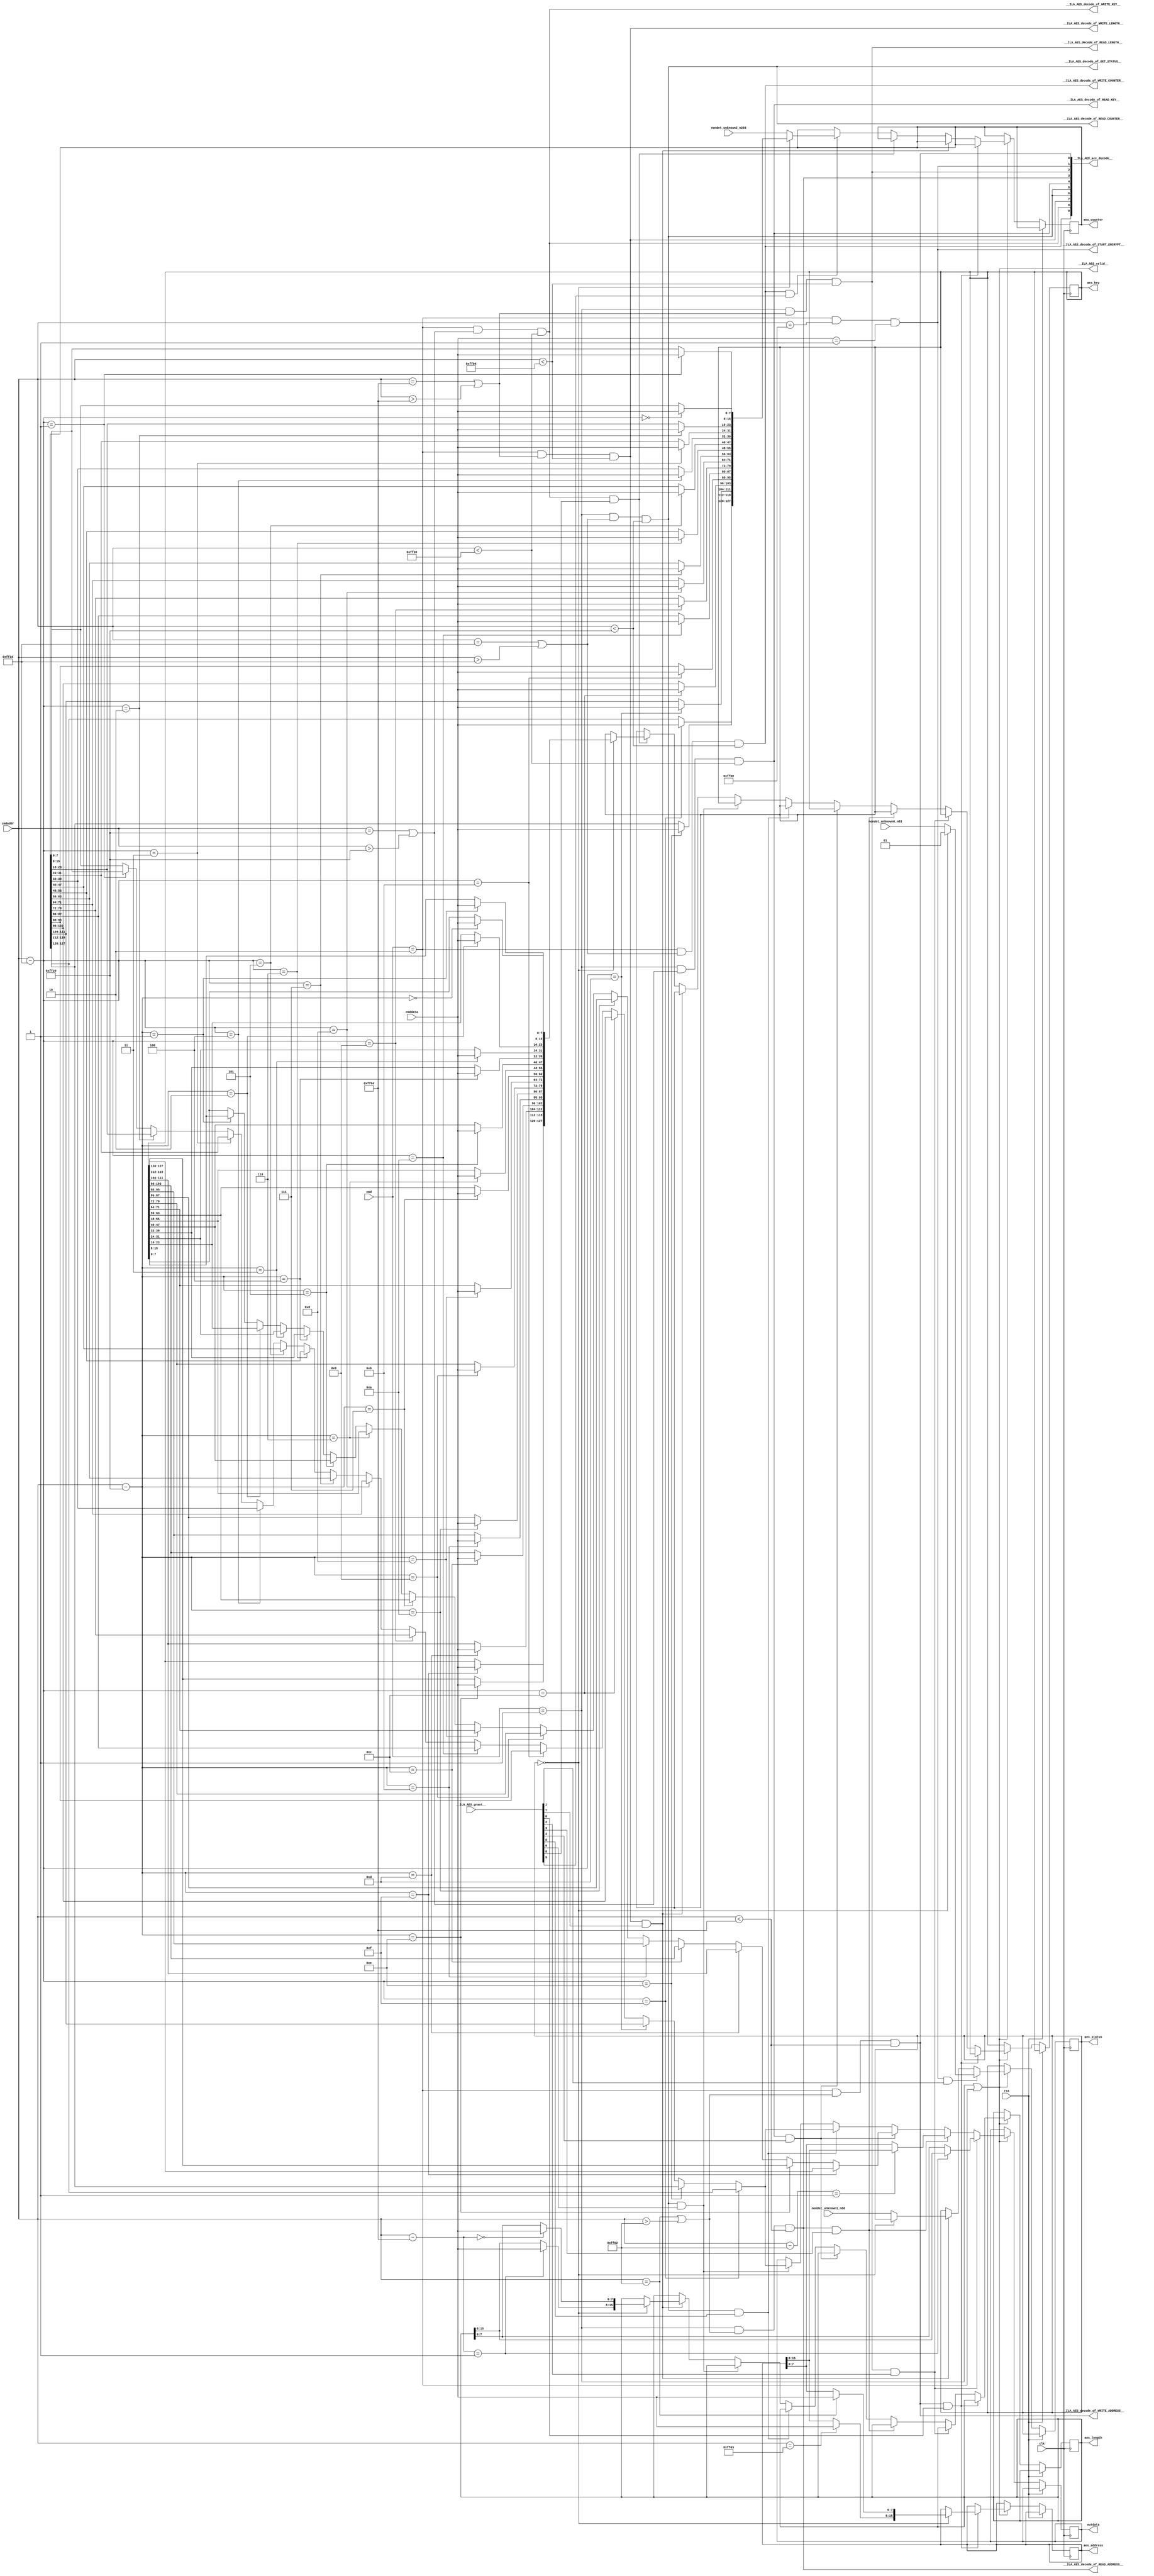
module AES(
__ILA_AES_grant__,
clk,
cmd,
cmdaddr,
cmddata,
nondet_unknown0_n83,
nondet_unknown1_n86,
nondet_unknown2_n203,
rst,
__ILA_AES_acc_decode__,
__ILA_AES_decode_of_GET_STATUS__,
__ILA_AES_decode_of_READ_ADDRESS__,
__ILA_AES_decode_of_READ_COUNTER__,
__ILA_AES_decode_of_READ_KEY__,
__ILA_AES_decode_of_READ_LENGTH__,
__ILA_AES_decode_of_START_ENCRYPT__,
__ILA_AES_decode_of_WRITE_ADDRESS__,
__ILA_AES_decode_of_WRITE_COUNTER__,
__ILA_AES_decode_of_WRITE_KEY__,
__ILA_AES_decode_of_WRITE_LENGTH__,
__ILA_AES_valid__,
aes_status,
aes_address,
aes_length,
aes_counter,
aes_key,
outdata
);
input      [9:0] __ILA_AES_grant__;
input            clk;
input      [1:0] cmd;
input     [15:0] cmdaddr;
input      [7:0] cmddata;
input      [1:0] nondet_unknown0_n83;
input      [1:0] nondet_unknown1_n86;
input    [127:0] nondet_unknown2_n203;
input            rst;
output      [9:0] __ILA_AES_acc_decode__;
output            __ILA_AES_decode_of_GET_STATUS__;
output            __ILA_AES_decode_of_READ_ADDRESS__;
output            __ILA_AES_decode_of_READ_COUNTER__;
output            __ILA_AES_decode_of_READ_KEY__;
output            __ILA_AES_decode_of_READ_LENGTH__;
output            __ILA_AES_decode_of_START_ENCRYPT__;
output            __ILA_AES_decode_of_WRITE_ADDRESS__;
output            __ILA_AES_decode_of_WRITE_COUNTER__;
output            __ILA_AES_decode_of_WRITE_KEY__;
output            __ILA_AES_decode_of_WRITE_LENGTH__;
output            __ILA_AES_valid__;
output reg      [1:0] aes_status;
output reg     [15:0] aes_address;
output reg     [15:0] aes_length;
output reg    [127:0] aes_counter;
output reg    [127:0] aes_key;
output reg      [7:0] outdata;
wire      [9:0] __ILA_AES_acc_decode__;
wire            __ILA_AES_decode_of_GET_STATUS__;
wire            __ILA_AES_decode_of_READ_ADDRESS__;
wire            __ILA_AES_decode_of_READ_COUNTER__;
wire            __ILA_AES_decode_of_READ_KEY__;
wire            __ILA_AES_decode_of_READ_LENGTH__;
wire            __ILA_AES_decode_of_START_ENCRYPT__;
wire            __ILA_AES_decode_of_WRITE_ADDRESS__;
wire            __ILA_AES_decode_of_WRITE_COUNTER__;
wire            __ILA_AES_decode_of_WRITE_KEY__;
wire            __ILA_AES_decode_of_WRITE_LENGTH__;
wire      [9:0] __ILA_AES_grant__;
wire            __ILA_AES_valid__;
wire     [15:0] bv_16_0_n104;
wire     [15:0] bv_16_10_n136;
wire     [15:0] bv_16_11_n131;
wire     [15:0] bv_16_12_n126;
wire     [15:0] bv_16_13_n121;
wire     [15:0] bv_16_14_n116;
wire     [15:0] bv_16_15_n111;
wire     [15:0] bv_16_1_n99;
wire     [15:0] bv_16_2_n176;
wire     [15:0] bv_16_3_n171;
wire     [15:0] bv_16_4_n166;
wire     [15:0] bv_16_5_n161;
wire     [15:0] bv_16_65280_n15;
wire     [15:0] bv_16_65282_n6;
wire     [15:0] bv_16_65283_n89;
wire     [15:0] bv_16_65284_n11;
wire     [15:0] bv_16_65286_n26;
wire     [15:0] bv_16_65296_n46;
wire     [15:0] bv_16_65312_n37;
wire     [15:0] bv_16_65328_n42;
wire     [15:0] bv_16_6_n156;
wire     [15:0] bv_16_7_n151;
wire     [15:0] bv_16_8_n146;
wire     [15:0] bv_16_9_n141;
wire      [1:0] bv_2_0_n81;
wire      [1:0] bv_2_1_n0;
wire      [1:0] bv_2_2_n2;
wire      [7:0] bv_8_1_n18;
wire            clk;
wire      [1:0] cmd;
wire     [15:0] cmdaddr;
wire      [7:0] cmddata;
wire            n1;
wire            n10;
wire            n100;
wire      [7:0] n101;
wire      [7:0] n102;
wire     [15:0] n103;
wire            n105;
wire      [7:0] n106;
wire      [7:0] n107;
wire     [15:0] n108;
wire     [15:0] n109;
wire     [15:0] n110;
wire            n112;
wire      [7:0] n113;
wire      [7:0] n114;
wire     [15:0] n115;
wire            n117;
wire      [7:0] n118;
wire      [7:0] n119;
wire            n12;
wire     [15:0] n120;
wire            n122;
wire      [7:0] n123;
wire      [7:0] n124;
wire     [15:0] n125;
wire            n127;
wire      [7:0] n128;
wire      [7:0] n129;
wire            n13;
wire     [15:0] n130;
wire            n132;
wire      [7:0] n133;
wire      [7:0] n134;
wire     [15:0] n135;
wire            n137;
wire      [7:0] n138;
wire      [7:0] n139;
wire            n14;
wire     [15:0] n140;
wire            n142;
wire      [7:0] n143;
wire      [7:0] n144;
wire     [15:0] n145;
wire            n147;
wire      [7:0] n148;
wire      [7:0] n149;
wire     [15:0] n150;
wire            n152;
wire      [7:0] n153;
wire      [7:0] n154;
wire     [15:0] n155;
wire            n157;
wire      [7:0] n158;
wire      [7:0] n159;
wire            n16;
wire     [15:0] n160;
wire            n162;
wire      [7:0] n163;
wire      [7:0] n164;
wire     [15:0] n165;
wire            n167;
wire      [7:0] n168;
wire      [7:0] n169;
wire            n17;
wire     [15:0] n170;
wire            n172;
wire      [7:0] n173;
wire      [7:0] n174;
wire     [15:0] n175;
wire            n177;
wire      [7:0] n178;
wire      [7:0] n179;
wire     [15:0] n180;
wire            n181;
wire      [7:0] n182;
wire      [7:0] n183;
wire     [15:0] n184;
wire            n185;
wire      [7:0] n186;
wire      [7:0] n187;
wire     [15:0] n188;
wire     [23:0] n189;
wire            n19;
wire     [31:0] n190;
wire     [39:0] n191;
wire     [47:0] n192;
wire     [55:0] n193;
wire     [63:0] n194;
wire     [71:0] n195;
wire     [79:0] n196;
wire     [87:0] n197;
wire     [95:0] n198;
wire    [103:0] n199;
wire            n20;
wire    [111:0] n200;
wire    [119:0] n201;
wire    [127:0] n202;
wire    [127:0] n204;
wire    [127:0] n205;
wire     [15:0] n206;
wire            n207;
wire      [7:0] n208;
wire      [7:0] n209;
wire            n21;
wire     [15:0] n210;
wire            n211;
wire      [7:0] n212;
wire      [7:0] n213;
wire     [15:0] n214;
wire            n215;
wire      [7:0] n216;
wire      [7:0] n217;
wire     [15:0] n218;
wire            n219;
wire            n22;
wire      [7:0] n220;
wire      [7:0] n221;
wire     [15:0] n222;
wire            n223;
wire      [7:0] n224;
wire      [7:0] n225;
wire     [15:0] n226;
wire            n227;
wire      [7:0] n228;
wire      [7:0] n229;
wire            n23;
wire     [15:0] n230;
wire            n231;
wire      [7:0] n232;
wire      [7:0] n233;
wire     [15:0] n234;
wire            n235;
wire      [7:0] n236;
wire      [7:0] n237;
wire     [15:0] n238;
wire            n239;
wire            n24;
wire      [7:0] n240;
wire      [7:0] n241;
wire     [15:0] n242;
wire            n243;
wire      [7:0] n244;
wire      [7:0] n245;
wire     [15:0] n246;
wire            n247;
wire      [7:0] n248;
wire      [7:0] n249;
wire            n25;
wire     [15:0] n250;
wire            n251;
wire      [7:0] n252;
wire      [7:0] n253;
wire     [15:0] n254;
wire            n255;
wire      [7:0] n256;
wire      [7:0] n257;
wire     [15:0] n258;
wire            n259;
wire      [7:0] n260;
wire      [7:0] n261;
wire     [15:0] n262;
wire            n263;
wire      [7:0] n264;
wire      [7:0] n265;
wire     [15:0] n266;
wire            n267;
wire      [7:0] n268;
wire      [7:0] n269;
wire            n27;
wire     [15:0] n270;
wire     [23:0] n271;
wire     [31:0] n272;
wire     [39:0] n273;
wire     [47:0] n274;
wire     [55:0] n275;
wire     [63:0] n276;
wire     [71:0] n277;
wire     [79:0] n278;
wire     [87:0] n279;
wire            n28;
wire     [95:0] n280;
wire    [103:0] n281;
wire    [111:0] n282;
wire    [119:0] n283;
wire    [127:0] n284;
wire    [127:0] n285;
wire     [15:0] n286;
wire            n287;
wire      [7:0] n288;
wire      [7:0] n289;
wire            n29;
wire      [7:0] n290;
wire     [15:0] n291;
wire            n292;
wire      [7:0] n293;
wire      [7:0] n294;
wire      [7:0] n295;
wire     [15:0] n296;
wire            n297;
wire      [7:0] n298;
wire     [15:0] n299;
wire            n3;
wire            n30;
wire            n300;
wire      [7:0] n301;
wire     [15:0] n302;
wire            n303;
wire      [7:0] n304;
wire     [15:0] n305;
wire            n306;
wire      [7:0] n307;
wire     [15:0] n308;
wire            n309;
wire            n31;
wire      [7:0] n310;
wire     [15:0] n311;
wire            n312;
wire      [7:0] n313;
wire     [15:0] n314;
wire            n315;
wire      [7:0] n316;
wire     [15:0] n317;
wire            n318;
wire      [7:0] n319;
wire            n32;
wire     [15:0] n320;
wire            n321;
wire      [7:0] n322;
wire     [15:0] n323;
wire            n324;
wire      [7:0] n325;
wire     [15:0] n326;
wire            n327;
wire      [7:0] n328;
wire     [15:0] n329;
wire            n33;
wire            n330;
wire      [7:0] n331;
wire     [15:0] n332;
wire            n333;
wire      [7:0] n334;
wire     [15:0] n335;
wire            n336;
wire      [7:0] n337;
wire     [15:0] n338;
wire            n339;
wire            n34;
wire      [7:0] n340;
wire      [7:0] n341;
wire      [7:0] n342;
wire      [7:0] n343;
wire      [7:0] n344;
wire      [7:0] n345;
wire      [7:0] n346;
wire      [7:0] n347;
wire      [7:0] n348;
wire      [7:0] n349;
wire            n35;
wire      [7:0] n350;
wire      [7:0] n351;
wire      [7:0] n352;
wire      [7:0] n353;
wire      [7:0] n354;
wire      [7:0] n355;
wire      [7:0] n356;
wire     [15:0] n357;
wire            n358;
wire      [7:0] n359;
wire            n36;
wire     [15:0] n360;
wire            n361;
wire      [7:0] n362;
wire     [15:0] n363;
wire            n364;
wire      [7:0] n365;
wire     [15:0] n366;
wire            n367;
wire      [7:0] n368;
wire     [15:0] n369;
wire            n370;
wire      [7:0] n371;
wire     [15:0] n372;
wire            n373;
wire      [7:0] n374;
wire     [15:0] n375;
wire            n376;
wire      [7:0] n377;
wire     [15:0] n378;
wire            n379;
wire            n38;
wire      [7:0] n380;
wire     [15:0] n381;
wire            n382;
wire      [7:0] n383;
wire     [15:0] n384;
wire            n385;
wire      [7:0] n386;
wire     [15:0] n387;
wire            n388;
wire      [7:0] n389;
wire            n39;
wire     [15:0] n390;
wire            n391;
wire      [7:0] n392;
wire     [15:0] n393;
wire            n394;
wire      [7:0] n395;
wire     [15:0] n396;
wire            n397;
wire      [7:0] n398;
wire     [15:0] n399;
wire            n4;
wire            n40;
wire            n400;
wire      [7:0] n401;
wire      [7:0] n402;
wire      [7:0] n403;
wire      [7:0] n404;
wire      [7:0] n405;
wire      [7:0] n406;
wire      [7:0] n407;
wire      [7:0] n408;
wire      [7:0] n409;
wire            n41;
wire      [7:0] n410;
wire      [7:0] n411;
wire      [7:0] n412;
wire      [7:0] n413;
wire      [7:0] n414;
wire      [7:0] n415;
wire      [7:0] n416;
wire      [7:0] n417;
wire     [15:0] n418;
wire            n419;
wire      [7:0] n420;
wire     [15:0] n421;
wire            n422;
wire      [7:0] n423;
wire     [15:0] n424;
wire            n425;
wire      [7:0] n426;
wire     [15:0] n427;
wire            n428;
wire      [7:0] n429;
wire            n43;
wire     [15:0] n430;
wire            n431;
wire      [7:0] n432;
wire     [15:0] n433;
wire            n434;
wire      [7:0] n435;
wire     [15:0] n436;
wire            n437;
wire      [7:0] n438;
wire     [15:0] n439;
wire            n44;
wire            n440;
wire      [7:0] n441;
wire     [15:0] n442;
wire            n443;
wire      [7:0] n444;
wire     [15:0] n445;
wire            n446;
wire      [7:0] n447;
wire     [15:0] n448;
wire            n449;
wire            n45;
wire      [7:0] n450;
wire     [15:0] n451;
wire            n452;
wire      [7:0] n453;
wire     [15:0] n454;
wire            n455;
wire      [7:0] n456;
wire     [15:0] n457;
wire            n458;
wire      [7:0] n459;
wire     [15:0] n460;
wire            n461;
wire      [7:0] n462;
wire      [7:0] n463;
wire      [7:0] n464;
wire      [7:0] n465;
wire      [7:0] n466;
wire      [7:0] n467;
wire      [7:0] n468;
wire      [7:0] n469;
wire            n47;
wire      [7:0] n470;
wire      [7:0] n471;
wire      [7:0] n472;
wire      [7:0] n473;
wire      [7:0] n474;
wire      [7:0] n475;
wire      [7:0] n476;
wire      [7:0] n477;
wire      [7:0] n478;
wire            n48;
wire            n49;
wire            n5;
wire            n50;
wire            n51;
wire            n52;
wire            n53;
wire            n54;
wire            n55;
wire            n56;
wire            n57;
wire            n58;
wire            n59;
wire            n60;
wire            n61;
wire            n62;
wire            n63;
wire            n64;
wire            n65;
wire            n66;
wire            n67;
wire            n68;
wire            n69;
wire            n7;
wire            n70;
wire            n71;
wire            n72;
wire            n73;
wire            n74;
wire            n75;
wire            n76;
wire            n77;
wire            n78;
wire            n79;
wire            n8;
wire            n80;
wire            n82;
wire      [1:0] n84;
wire      [1:0] n85;
wire      [1:0] n87;
wire      [1:0] n88;
wire            n9;
wire            n90;
wire      [7:0] n91;
wire      [7:0] n92;
wire            n93;
wire      [7:0] n94;
wire      [7:0] n95;
wire     [15:0] n96;
wire     [15:0] n97;
wire     [15:0] n98;
wire      [1:0] nondet_unknown0_n83;
wire      [1:0] nondet_unknown1_n86;
wire    [127:0] nondet_unknown2_n203;
wire            rst;
assign bv_2_1_n0 = 2'h1 ;
assign n1 =  ( cmd ) == ( bv_2_1_n0 )  ;
assign bv_2_2_n2 = 2'h2 ;
assign n3 =  ( cmd ) == ( bv_2_2_n2 )  ;
assign n4 =  ( n1 ) | ( n3 )  ;
assign __ILA_AES_valid__ = n4 ;
assign n5 =  ( cmd ) == ( bv_2_2_n2 )  ;
assign bv_16_65282_n6 = 16'hff02 ;
assign n7 =  ( cmdaddr ) == ( bv_16_65282_n6 )  ;
assign n8 =  ( cmdaddr ) > ( bv_16_65282_n6 )  ;
assign n9 =  ( n7 ) | ( n8 )  ;
assign n10 =  ( n5 ) & (n9 )  ;
assign bv_16_65284_n11 = 16'hff04 ;
assign n12 =  ( cmdaddr ) < ( bv_16_65284_n11 )  ;
assign n13 =  ( n10 ) & (n12 )  ;
assign __ILA_AES_decode_of_WRITE_ADDRESS__ = n13 ;
assign __ILA_AES_acc_decode__[0] = __ILA_AES_decode_of_WRITE_ADDRESS__ ;
assign n14 =  ( cmd ) == ( bv_2_2_n2 )  ;
assign bv_16_65280_n15 = 16'hff00 ;
assign n16 =  ( cmdaddr ) == ( bv_16_65280_n15 )  ;
assign n17 =  ( n14 ) & (n16 )  ;
assign bv_8_1_n18 = 8'h1 ;
assign n19 =  ( cmddata ) == ( bv_8_1_n18 )  ;
assign n20 =  ( n17 ) & (n19 )  ;
assign __ILA_AES_decode_of_START_ENCRYPT__ = n20 ;
assign __ILA_AES_acc_decode__[1] = __ILA_AES_decode_of_START_ENCRYPT__ ;
assign n21 =  ( cmd ) == ( bv_2_1_n0 )  ;
assign n22 =  ( cmdaddr ) == ( bv_16_65284_n11 )  ;
assign n23 =  ( cmdaddr ) > ( bv_16_65284_n11 )  ;
assign n24 =  ( n22 ) | ( n23 )  ;
assign n25 =  ( n21 ) & (n24 )  ;
assign bv_16_65286_n26 = 16'hff06 ;
assign n27 =  ( cmdaddr ) < ( bv_16_65286_n26 )  ;
assign n28 =  ( n25 ) & (n27 )  ;
assign __ILA_AES_decode_of_READ_LENGTH__ = n28 ;
assign __ILA_AES_acc_decode__[2] = __ILA_AES_decode_of_READ_LENGTH__ ;
assign n29 =  ( cmd ) == ( bv_2_1_n0 )  ;
assign n30 =  ( cmdaddr ) == ( bv_16_65282_n6 )  ;
assign n31 =  ( cmdaddr ) > ( bv_16_65282_n6 )  ;
assign n32 =  ( n30 ) | ( n31 )  ;
assign n33 =  ( n29 ) & (n32 )  ;
assign n34 =  ( cmdaddr ) < ( bv_16_65284_n11 )  ;
assign n35 =  ( n33 ) & (n34 )  ;
assign __ILA_AES_decode_of_READ_ADDRESS__ = n35 ;
assign __ILA_AES_acc_decode__[3] = __ILA_AES_decode_of_READ_ADDRESS__ ;
assign n36 =  ( cmd ) == ( bv_2_1_n0 )  ;
assign bv_16_65312_n37 = 16'hff20 ;
assign n38 =  ( cmdaddr ) == ( bv_16_65312_n37 )  ;
assign n39 =  ( cmdaddr ) > ( bv_16_65312_n37 )  ;
assign n40 =  ( n38 ) | ( n39 )  ;
assign n41 =  ( n36 ) & (n40 )  ;
assign bv_16_65328_n42 = 16'hff30 ;
assign n43 =  ( cmdaddr ) < ( bv_16_65328_n42 )  ;
assign n44 =  ( n41 ) & (n43 )  ;
assign __ILA_AES_decode_of_READ_KEY__ = n44 ;
assign __ILA_AES_acc_decode__[4] = __ILA_AES_decode_of_READ_KEY__ ;
assign n45 =  ( cmd ) == ( bv_2_1_n0 )  ;
assign bv_16_65296_n46 = 16'hff10 ;
assign n47 =  ( cmdaddr ) == ( bv_16_65296_n46 )  ;
assign n48 =  ( cmdaddr ) > ( bv_16_65296_n46 )  ;
assign n49 =  ( n47 ) | ( n48 )  ;
assign n50 =  ( n45 ) & (n49 )  ;
assign n51 =  ( cmdaddr ) < ( bv_16_65312_n37 )  ;
assign n52 =  ( n50 ) & (n51 )  ;
assign __ILA_AES_decode_of_READ_COUNTER__ = n52 ;
assign __ILA_AES_acc_decode__[5] = __ILA_AES_decode_of_READ_COUNTER__ ;
assign n53 =  ( cmd ) == ( bv_2_1_n0 )  ;
assign n54 =  ( cmdaddr ) == ( bv_16_65296_n46 )  ;
assign n55 =  ( cmdaddr ) > ( bv_16_65296_n46 )  ;
assign n56 =  ( n54 ) | ( n55 )  ;
assign n57 =  ( n53 ) & (n56 )  ;
assign n58 =  ( cmdaddr ) < ( bv_16_65312_n37 )  ;
assign n59 =  ( n57 ) & (n58 )  ;
assign __ILA_AES_decode_of_GET_STATUS__ = n59 ;
assign __ILA_AES_acc_decode__[6] = __ILA_AES_decode_of_GET_STATUS__ ;
assign n60 =  ( cmd ) == ( bv_2_2_n2 )  ;
assign n61 =  ( cmdaddr ) == ( bv_16_65284_n11 )  ;
assign n62 =  ( cmdaddr ) > ( bv_16_65284_n11 )  ;
assign n63 =  ( n61 ) | ( n62 )  ;
assign n64 =  ( n60 ) & (n63 )  ;
assign n65 =  ( cmdaddr ) < ( bv_16_65286_n26 )  ;
assign n66 =  ( n64 ) & (n65 )  ;
assign __ILA_AES_decode_of_WRITE_LENGTH__ = n66 ;
assign __ILA_AES_acc_decode__[7] = __ILA_AES_decode_of_WRITE_LENGTH__ ;
assign n67 =  ( cmd ) == ( bv_2_2_n2 )  ;
assign n68 =  ( cmdaddr ) == ( bv_16_65312_n37 )  ;
assign n69 =  ( cmdaddr ) > ( bv_16_65312_n37 )  ;
assign n70 =  ( n68 ) | ( n69 )  ;
assign n71 =  ( n67 ) & (n70 )  ;
assign n72 =  ( cmdaddr ) < ( bv_16_65328_n42 )  ;
assign n73 =  ( n71 ) & (n72 )  ;
assign __ILA_AES_decode_of_WRITE_KEY__ = n73 ;
assign __ILA_AES_acc_decode__[8] = __ILA_AES_decode_of_WRITE_KEY__ ;
assign n74 =  ( cmd ) == ( bv_2_2_n2 )  ;
assign n75 =  ( cmdaddr ) == ( bv_16_65296_n46 )  ;
assign n76 =  ( cmdaddr ) > ( bv_16_65296_n46 )  ;
assign n77 =  ( n75 ) | ( n76 )  ;
assign n78 =  ( n74 ) & (n77 )  ;
assign n79 =  ( cmdaddr ) < ( bv_16_65312_n37 )  ;
assign n80 =  ( n78 ) & (n79 )  ;
assign __ILA_AES_decode_of_WRITE_COUNTER__ = n80 ;
assign __ILA_AES_acc_decode__[9] = __ILA_AES_decode_of_WRITE_COUNTER__ ;
assign bv_2_0_n81 = 2'h0 ;
assign n82 =  ( aes_status ) == ( bv_2_0_n81 )  ;
assign n84 = nondet_unknown0_n83 ;
assign n85 =  ( n82 ) ? ( bv_2_1_n0 ) : ( n84 ) ;
assign n87 = nondet_unknown1_n86 ;
assign n88 =  ( n82 ) ? ( aes_status ) : ( n87 ) ;
assign bv_16_65283_n89 = 16'hff03 ;
assign n90 =  ( cmdaddr ) == ( bv_16_65283_n89 )  ;
assign n91 = aes_address[15:8] ;
assign n92 =  ( n90 ) ? ( cmddata ) : ( n91 ) ;
assign n93 =  ( cmdaddr ) == ( bv_16_65282_n6 )  ;
assign n94 = aes_address[7:0] ;
assign n95 =  ( n93 ) ? ( cmddata ) : ( n94 ) ;
assign n96 =  { ( n92 ) , ( n95 ) }  ;
assign n97 =  ( n82 ) ? ( n96 ) : ( aes_address ) ;
assign n98 =  ( cmdaddr ) - ( bv_16_65284_n11 )  ;
assign bv_16_1_n99 = 16'h1 ;
assign n100 =  ( n98 ) == ( bv_16_1_n99 )  ;
assign n101 = aes_length[15:8] ;
assign n102 =  ( n100 ) ? ( cmddata ) : ( n101 ) ;
assign n103 =  ( cmdaddr ) - ( bv_16_65284_n11 )  ;
assign bv_16_0_n104 = 16'h0 ;
assign n105 =  ( n103 ) == ( bv_16_0_n104 )  ;
assign n106 = aes_length[7:0] ;
assign n107 =  ( n105 ) ? ( cmddata ) : ( n106 ) ;
assign n108 =  { ( n102 ) , ( n107 ) }  ;
assign n109 =  ( n82 ) ? ( n108 ) : ( aes_length ) ;
assign n110 =  ( cmdaddr ) - ( bv_16_65296_n46 )  ;
assign bv_16_15_n111 = 16'hf ;
assign n112 =  ( n110 ) == ( bv_16_15_n111 )  ;
assign n113 = aes_counter[127:120] ;
assign n114 =  ( n112 ) ? ( cmddata ) : ( n113 ) ;
assign n115 =  ( cmdaddr ) - ( bv_16_65296_n46 )  ;
assign bv_16_14_n116 = 16'he ;
assign n117 =  ( n115 ) == ( bv_16_14_n116 )  ;
assign n118 = aes_counter[119:112] ;
assign n119 =  ( n117 ) ? ( cmddata ) : ( n118 ) ;
assign n120 =  ( cmdaddr ) - ( bv_16_65296_n46 )  ;
assign bv_16_13_n121 = 16'hd ;
assign n122 =  ( n120 ) == ( bv_16_13_n121 )  ;
assign n123 = aes_counter[111:104] ;
assign n124 =  ( n122 ) ? ( cmddata ) : ( n123 ) ;
assign n125 =  ( cmdaddr ) - ( bv_16_65296_n46 )  ;
assign bv_16_12_n126 = 16'hc ;
assign n127 =  ( n125 ) == ( bv_16_12_n126 )  ;
assign n128 = aes_counter[103:96] ;
assign n129 =  ( n127 ) ? ( cmddata ) : ( n128 ) ;
assign n130 =  ( cmdaddr ) - ( bv_16_65296_n46 )  ;
assign bv_16_11_n131 = 16'hb ;
assign n132 =  ( n130 ) == ( bv_16_11_n131 )  ;
assign n133 = aes_counter[95:88] ;
assign n134 =  ( n132 ) ? ( cmddata ) : ( n133 ) ;
assign n135 =  ( cmdaddr ) - ( bv_16_65296_n46 )  ;
assign bv_16_10_n136 = 16'ha ;
assign n137 =  ( n135 ) == ( bv_16_10_n136 )  ;
assign n138 = aes_counter[87:80] ;
assign n139 =  ( n137 ) ? ( cmddata ) : ( n138 ) ;
assign n140 =  ( cmdaddr ) - ( bv_16_65296_n46 )  ;
assign bv_16_9_n141 = 16'h9 ;
assign n142 =  ( n140 ) == ( bv_16_9_n141 )  ;
assign n143 = aes_counter[79:72] ;
assign n144 =  ( n142 ) ? ( cmddata ) : ( n143 ) ;
assign n145 =  ( cmdaddr ) - ( bv_16_65296_n46 )  ;
assign bv_16_8_n146 = 16'h8 ;
assign n147 =  ( n145 ) == ( bv_16_8_n146 )  ;
assign n148 = aes_counter[71:64] ;
assign n149 =  ( n147 ) ? ( cmddata ) : ( n148 ) ;
assign n150 =  ( cmdaddr ) - ( bv_16_65296_n46 )  ;
assign bv_16_7_n151 = 16'h7 ;
assign n152 =  ( n150 ) == ( bv_16_7_n151 )  ;
assign n153 = aes_counter[63:56] ;
assign n154 =  ( n152 ) ? ( cmddata ) : ( n153 ) ;
assign n155 =  ( cmdaddr ) - ( bv_16_65296_n46 )  ;
assign bv_16_6_n156 = 16'h6 ;
assign n157 =  ( n155 ) == ( bv_16_6_n156 )  ;
assign n158 = aes_counter[55:48] ;
assign n159 =  ( n157 ) ? ( cmddata ) : ( n158 ) ;
assign n160 =  ( cmdaddr ) - ( bv_16_65296_n46 )  ;
assign bv_16_5_n161 = 16'h5 ;
assign n162 =  ( n160 ) == ( bv_16_5_n161 )  ;
assign n163 = aes_counter[47:40] ;
assign n164 =  ( n162 ) ? ( cmddata ) : ( n163 ) ;
assign n165 =  ( cmdaddr ) - ( bv_16_65296_n46 )  ;
assign bv_16_4_n166 = 16'h4 ;
assign n167 =  ( n165 ) == ( bv_16_4_n166 )  ;
assign n168 = aes_counter[39:32] ;
assign n169 =  ( n167 ) ? ( cmddata ) : ( n168 ) ;
assign n170 =  ( cmdaddr ) - ( bv_16_65296_n46 )  ;
assign bv_16_3_n171 = 16'h3 ;
assign n172 =  ( n170 ) == ( bv_16_3_n171 )  ;
assign n173 = aes_counter[31:24] ;
assign n174 =  ( n172 ) ? ( cmddata ) : ( n173 ) ;
assign n175 =  ( cmdaddr ) - ( bv_16_65296_n46 )  ;
assign bv_16_2_n176 = 16'h2 ;
assign n177 =  ( n175 ) == ( bv_16_2_n176 )  ;
assign n178 = aes_counter[23:16] ;
assign n179 =  ( n177 ) ? ( cmddata ) : ( n178 ) ;
assign n180 =  ( cmdaddr ) - ( bv_16_65296_n46 )  ;
assign n181 =  ( n180 ) == ( bv_16_1_n99 )  ;
assign n182 = aes_counter[15:8] ;
assign n183 =  ( n181 ) ? ( cmddata ) : ( n182 ) ;
assign n184 =  ( cmdaddr ) - ( bv_16_65296_n46 )  ;
assign n185 =  ( n184 ) == ( bv_16_0_n104 )  ;
assign n186 = aes_counter[7:0] ;
assign n187 =  ( n185 ) ? ( cmddata ) : ( n186 ) ;
assign n188 =  { ( n183 ) , ( n187 ) }  ;
assign n189 =  { ( n179 ) , ( n188 ) }  ;
assign n190 =  { ( n174 ) , ( n189 ) }  ;
assign n191 =  { ( n169 ) , ( n190 ) }  ;
assign n192 =  { ( n164 ) , ( n191 ) }  ;
assign n193 =  { ( n159 ) , ( n192 ) }  ;
assign n194 =  { ( n154 ) , ( n193 ) }  ;
assign n195 =  { ( n149 ) , ( n194 ) }  ;
assign n196 =  { ( n144 ) , ( n195 ) }  ;
assign n197 =  { ( n139 ) , ( n196 ) }  ;
assign n198 =  { ( n134 ) , ( n197 ) }  ;
assign n199 =  { ( n129 ) , ( n198 ) }  ;
assign n200 =  { ( n124 ) , ( n199 ) }  ;
assign n201 =  { ( n119 ) , ( n200 ) }  ;
assign n202 =  { ( n114 ) , ( n201 ) }  ;
assign n204 = nondet_unknown2_n203 ;
assign n205 =  ( n82 ) ? ( n202 ) : ( n204 ) ;
assign n206 =  ( cmdaddr ) - ( bv_16_65312_n37 )  ;
assign n207 =  ( n206 ) == ( bv_16_15_n111 )  ;
assign n208 = aes_key[127:120] ;
assign n209 =  ( n207 ) ? ( cmddata ) : ( n208 ) ;
assign n210 =  ( cmdaddr ) - ( bv_16_65312_n37 )  ;
assign n211 =  ( n210 ) == ( bv_16_14_n116 )  ;
assign n212 = aes_key[119:112] ;
assign n213 =  ( n211 ) ? ( cmddata ) : ( n212 ) ;
assign n214 =  ( cmdaddr ) - ( bv_16_65312_n37 )  ;
assign n215 =  ( n214 ) == ( bv_16_13_n121 )  ;
assign n216 = aes_key[111:104] ;
assign n217 =  ( n215 ) ? ( cmddata ) : ( n216 ) ;
assign n218 =  ( cmdaddr ) - ( bv_16_65312_n37 )  ;
assign n219 =  ( n218 ) == ( bv_16_12_n126 )  ;
assign n220 = aes_key[103:96] ;
assign n221 =  ( n219 ) ? ( cmddata ) : ( n220 ) ;
assign n222 =  ( cmdaddr ) - ( bv_16_65312_n37 )  ;
assign n223 =  ( n222 ) == ( bv_16_11_n131 )  ;
assign n224 = aes_key[95:88] ;
assign n225 =  ( n223 ) ? ( cmddata ) : ( n224 ) ;
assign n226 =  ( cmdaddr ) - ( bv_16_65312_n37 )  ;
assign n227 =  ( n226 ) == ( bv_16_10_n136 )  ;
assign n228 = aes_key[87:80] ;
assign n229 =  ( n227 ) ? ( cmddata ) : ( n228 ) ;
assign n230 =  ( cmdaddr ) - ( bv_16_65312_n37 )  ;
assign n231 =  ( n230 ) == ( bv_16_9_n141 )  ;
assign n232 = aes_key[79:72] ;
assign n233 =  ( n231 ) ? ( cmddata ) : ( n232 ) ;
assign n234 =  ( cmdaddr ) - ( bv_16_65312_n37 )  ;
assign n235 =  ( n234 ) == ( bv_16_8_n146 )  ;
assign n236 = aes_key[71:64] ;
assign n237 =  ( n235 ) ? ( cmddata ) : ( n236 ) ;
assign n238 =  ( cmdaddr ) - ( bv_16_65312_n37 )  ;
assign n239 =  ( n238 ) == ( bv_16_7_n151 )  ;
assign n240 = aes_key[63:56] ;
assign n241 =  ( n239 ) ? ( cmddata ) : ( n240 ) ;
assign n242 =  ( cmdaddr ) - ( bv_16_65312_n37 )  ;
assign n243 =  ( n242 ) == ( bv_16_6_n156 )  ;
assign n244 = aes_key[55:48] ;
assign n245 =  ( n243 ) ? ( cmddata ) : ( n244 ) ;
assign n246 =  ( cmdaddr ) - ( bv_16_65312_n37 )  ;
assign n247 =  ( n246 ) == ( bv_16_5_n161 )  ;
assign n248 = aes_key[47:40] ;
assign n249 =  ( n247 ) ? ( cmddata ) : ( n248 ) ;
assign n250 =  ( cmdaddr ) - ( bv_16_65312_n37 )  ;
assign n251 =  ( n250 ) == ( bv_16_4_n166 )  ;
assign n252 = aes_key[39:32] ;
assign n253 =  ( n251 ) ? ( cmddata ) : ( n252 ) ;
assign n254 =  ( cmdaddr ) - ( bv_16_65312_n37 )  ;
assign n255 =  ( n254 ) == ( bv_16_3_n171 )  ;
assign n256 = aes_key[31:24] ;
assign n257 =  ( n255 ) ? ( cmddata ) : ( n256 ) ;
assign n258 =  ( cmdaddr ) - ( bv_16_65312_n37 )  ;
assign n259 =  ( n258 ) == ( bv_16_2_n176 )  ;
assign n260 = aes_key[23:16] ;
assign n261 =  ( n259 ) ? ( cmddata ) : ( n260 ) ;
assign n262 =  ( cmdaddr ) - ( bv_16_65312_n37 )  ;
assign n263 =  ( n262 ) == ( bv_16_1_n99 )  ;
assign n264 = aes_key[15:8] ;
assign n265 =  ( n263 ) ? ( cmddata ) : ( n264 ) ;
assign n266 =  ( cmdaddr ) - ( bv_16_65312_n37 )  ;
assign n267 =  ( n266 ) == ( bv_16_0_n104 )  ;
assign n268 = aes_key[7:0] ;
assign n269 =  ( n267 ) ? ( cmddata ) : ( n268 ) ;
assign n270 =  { ( n265 ) , ( n269 ) }  ;
assign n271 =  { ( n261 ) , ( n270 ) }  ;
assign n272 =  { ( n257 ) , ( n271 ) }  ;
assign n273 =  { ( n253 ) , ( n272 ) }  ;
assign n274 =  { ( n249 ) , ( n273 ) }  ;
assign n275 =  { ( n245 ) , ( n274 ) }  ;
assign n276 =  { ( n241 ) , ( n275 ) }  ;
assign n277 =  { ( n237 ) , ( n276 ) }  ;
assign n278 =  { ( n233 ) , ( n277 ) }  ;
assign n279 =  { ( n229 ) , ( n278 ) }  ;
assign n280 =  { ( n225 ) , ( n279 ) }  ;
assign n281 =  { ( n221 ) , ( n280 ) }  ;
assign n282 =  { ( n217 ) , ( n281 ) }  ;
assign n283 =  { ( n213 ) , ( n282 ) }  ;
assign n284 =  { ( n209 ) , ( n283 ) }  ;
assign n285 =  ( n82 ) ? ( n284 ) : ( aes_key ) ;
assign n286 =  ( cmdaddr ) - ( bv_16_65284_n11 )  ;
assign n287 =  ( n286 ) == ( bv_16_1_n99 )  ;
assign n288 = aes_length[15:8] ;
assign n289 = aes_length[7:0] ;
assign n290 =  ( n287 ) ? ( n288 ) : ( n289 ) ;
assign n291 =  ( cmdaddr ) - ( bv_16_65282_n6 )  ;
assign n292 =  ( n291 ) == ( bv_16_1_n99 )  ;
assign n293 = aes_address[15:8] ;
assign n294 = aes_address[7:0] ;
assign n295 =  ( n292 ) ? ( n293 ) : ( n294 ) ;
assign n296 =  ( cmdaddr ) - ( bv_16_65312_n37 )  ;
assign n297 =  ( n296 ) == ( bv_16_15_n111 )  ;
assign n298 = aes_key[127:120] ;
assign n299 =  ( cmdaddr ) - ( bv_16_65312_n37 )  ;
assign n300 =  ( n299 ) == ( bv_16_14_n116 )  ;
assign n301 = aes_key[119:112] ;
assign n302 =  ( cmdaddr ) - ( bv_16_65312_n37 )  ;
assign n303 =  ( n302 ) == ( bv_16_13_n121 )  ;
assign n304 = aes_key[111:104] ;
assign n305 =  ( cmdaddr ) - ( bv_16_65312_n37 )  ;
assign n306 =  ( n305 ) == ( bv_16_12_n126 )  ;
assign n307 = aes_key[103:96] ;
assign n308 =  ( cmdaddr ) - ( bv_16_65312_n37 )  ;
assign n309 =  ( n308 ) == ( bv_16_11_n131 )  ;
assign n310 = aes_key[95:88] ;
assign n311 =  ( cmdaddr ) - ( bv_16_65312_n37 )  ;
assign n312 =  ( n311 ) == ( bv_16_10_n136 )  ;
assign n313 = aes_key[87:80] ;
assign n314 =  ( cmdaddr ) - ( bv_16_65312_n37 )  ;
assign n315 =  ( n314 ) == ( bv_16_9_n141 )  ;
assign n316 = aes_key[79:72] ;
assign n317 =  ( cmdaddr ) - ( bv_16_65312_n37 )  ;
assign n318 =  ( n317 ) == ( bv_16_8_n146 )  ;
assign n319 = aes_key[71:64] ;
assign n320 =  ( cmdaddr ) - ( bv_16_65312_n37 )  ;
assign n321 =  ( n320 ) == ( bv_16_7_n151 )  ;
assign n322 = aes_key[63:56] ;
assign n323 =  ( cmdaddr ) - ( bv_16_65312_n37 )  ;
assign n324 =  ( n323 ) == ( bv_16_6_n156 )  ;
assign n325 = aes_key[55:48] ;
assign n326 =  ( cmdaddr ) - ( bv_16_65312_n37 )  ;
assign n327 =  ( n326 ) == ( bv_16_5_n161 )  ;
assign n328 = aes_key[47:40] ;
assign n329 =  ( cmdaddr ) - ( bv_16_65312_n37 )  ;
assign n330 =  ( n329 ) == ( bv_16_4_n166 )  ;
assign n331 = aes_key[39:32] ;
assign n332 =  ( cmdaddr ) - ( bv_16_65312_n37 )  ;
assign n333 =  ( n332 ) == ( bv_16_3_n171 )  ;
assign n334 = aes_key[31:24] ;
assign n335 =  ( cmdaddr ) - ( bv_16_65312_n37 )  ;
assign n336 =  ( n335 ) == ( bv_16_2_n176 )  ;
assign n337 = aes_key[23:16] ;
assign n338 =  ( cmdaddr ) - ( bv_16_65312_n37 )  ;
assign n339 =  ( n338 ) == ( bv_16_1_n99 )  ;
assign n340 = aes_key[15:8] ;
assign n341 = aes_key[7:0] ;
assign n342 =  ( n339 ) ? ( n340 ) : ( n341 ) ;
assign n343 =  ( n336 ) ? ( n337 ) : ( n342 ) ;
assign n344 =  ( n333 ) ? ( n334 ) : ( n343 ) ;
assign n345 =  ( n330 ) ? ( n331 ) : ( n344 ) ;
assign n346 =  ( n327 ) ? ( n328 ) : ( n345 ) ;
assign n347 =  ( n324 ) ? ( n325 ) : ( n346 ) ;
assign n348 =  ( n321 ) ? ( n322 ) : ( n347 ) ;
assign n349 =  ( n318 ) ? ( n319 ) : ( n348 ) ;
assign n350 =  ( n315 ) ? ( n316 ) : ( n349 ) ;
assign n351 =  ( n312 ) ? ( n313 ) : ( n350 ) ;
assign n352 =  ( n309 ) ? ( n310 ) : ( n351 ) ;
assign n353 =  ( n306 ) ? ( n307 ) : ( n352 ) ;
assign n354 =  ( n303 ) ? ( n304 ) : ( n353 ) ;
assign n355 =  ( n300 ) ? ( n301 ) : ( n354 ) ;
assign n356 =  ( n297 ) ? ( n298 ) : ( n355 ) ;
assign n357 =  ( cmdaddr ) - ( bv_16_65296_n46 )  ;
assign n358 =  ( n357 ) == ( bv_16_15_n111 )  ;
assign n359 = aes_counter[127:120] ;
assign n360 =  ( cmdaddr ) - ( bv_16_65296_n46 )  ;
assign n361 =  ( n360 ) == ( bv_16_14_n116 )  ;
assign n362 = aes_counter[119:112] ;
assign n363 =  ( cmdaddr ) - ( bv_16_65296_n46 )  ;
assign n364 =  ( n363 ) == ( bv_16_13_n121 )  ;
assign n365 = aes_counter[111:104] ;
assign n366 =  ( cmdaddr ) - ( bv_16_65296_n46 )  ;
assign n367 =  ( n366 ) == ( bv_16_12_n126 )  ;
assign n368 = aes_counter[103:96] ;
assign n369 =  ( cmdaddr ) - ( bv_16_65296_n46 )  ;
assign n370 =  ( n369 ) == ( bv_16_11_n131 )  ;
assign n371 = aes_counter[95:88] ;
assign n372 =  ( cmdaddr ) - ( bv_16_65296_n46 )  ;
assign n373 =  ( n372 ) == ( bv_16_10_n136 )  ;
assign n374 = aes_counter[87:80] ;
assign n375 =  ( cmdaddr ) - ( bv_16_65296_n46 )  ;
assign n376 =  ( n375 ) == ( bv_16_9_n141 )  ;
assign n377 = aes_counter[79:72] ;
assign n378 =  ( cmdaddr ) - ( bv_16_65296_n46 )  ;
assign n379 =  ( n378 ) == ( bv_16_8_n146 )  ;
assign n380 = aes_counter[71:64] ;
assign n381 =  ( cmdaddr ) - ( bv_16_65296_n46 )  ;
assign n382 =  ( n381 ) == ( bv_16_7_n151 )  ;
assign n383 = aes_counter[63:56] ;
assign n384 =  ( cmdaddr ) - ( bv_16_65296_n46 )  ;
assign n385 =  ( n384 ) == ( bv_16_6_n156 )  ;
assign n386 = aes_counter[55:48] ;
assign n387 =  ( cmdaddr ) - ( bv_16_65296_n46 )  ;
assign n388 =  ( n387 ) == ( bv_16_5_n161 )  ;
assign n389 = aes_counter[47:40] ;
assign n390 =  ( cmdaddr ) - ( bv_16_65296_n46 )  ;
assign n391 =  ( n390 ) == ( bv_16_4_n166 )  ;
assign n392 = aes_counter[39:32] ;
assign n393 =  ( cmdaddr ) - ( bv_16_65296_n46 )  ;
assign n394 =  ( n393 ) == ( bv_16_3_n171 )  ;
assign n395 = aes_counter[31:24] ;
assign n396 =  ( cmdaddr ) - ( bv_16_65296_n46 )  ;
assign n397 =  ( n396 ) == ( bv_16_2_n176 )  ;
assign n398 = aes_counter[23:16] ;
assign n399 =  ( cmdaddr ) - ( bv_16_65296_n46 )  ;
assign n400 =  ( n399 ) == ( bv_16_1_n99 )  ;
assign n401 = aes_counter[15:8] ;
assign n402 = aes_counter[7:0] ;
assign n403 =  ( n400 ) ? ( n401 ) : ( n402 ) ;
assign n404 =  ( n397 ) ? ( n398 ) : ( n403 ) ;
assign n405 =  ( n394 ) ? ( n395 ) : ( n404 ) ;
assign n406 =  ( n391 ) ? ( n392 ) : ( n405 ) ;
assign n407 =  ( n388 ) ? ( n389 ) : ( n406 ) ;
assign n408 =  ( n385 ) ? ( n386 ) : ( n407 ) ;
assign n409 =  ( n382 ) ? ( n383 ) : ( n408 ) ;
assign n410 =  ( n379 ) ? ( n380 ) : ( n409 ) ;
assign n411 =  ( n376 ) ? ( n377 ) : ( n410 ) ;
assign n412 =  ( n373 ) ? ( n374 ) : ( n411 ) ;
assign n413 =  ( n370 ) ? ( n371 ) : ( n412 ) ;
assign n414 =  ( n367 ) ? ( n368 ) : ( n413 ) ;
assign n415 =  ( n364 ) ? ( n365 ) : ( n414 ) ;
assign n416 =  ( n361 ) ? ( n362 ) : ( n415 ) ;
assign n417 =  ( n358 ) ? ( n359 ) : ( n416 ) ;
assign n418 =  ( cmdaddr ) - ( bv_16_65296_n46 )  ;
assign n419 =  ( n418 ) == ( bv_16_15_n111 )  ;
assign n420 = aes_counter[127:120] ;
assign n421 =  ( cmdaddr ) - ( bv_16_65296_n46 )  ;
assign n422 =  ( n421 ) == ( bv_16_14_n116 )  ;
assign n423 = aes_counter[119:112] ;
assign n424 =  ( cmdaddr ) - ( bv_16_65296_n46 )  ;
assign n425 =  ( n424 ) == ( bv_16_13_n121 )  ;
assign n426 = aes_counter[111:104] ;
assign n427 =  ( cmdaddr ) - ( bv_16_65296_n46 )  ;
assign n428 =  ( n427 ) == ( bv_16_12_n126 )  ;
assign n429 = aes_counter[103:96] ;
assign n430 =  ( cmdaddr ) - ( bv_16_65296_n46 )  ;
assign n431 =  ( n430 ) == ( bv_16_11_n131 )  ;
assign n432 = aes_counter[95:88] ;
assign n433 =  ( cmdaddr ) - ( bv_16_65296_n46 )  ;
assign n434 =  ( n433 ) == ( bv_16_10_n136 )  ;
assign n435 = aes_counter[87:80] ;
assign n436 =  ( cmdaddr ) - ( bv_16_65296_n46 )  ;
assign n437 =  ( n436 ) == ( bv_16_9_n141 )  ;
assign n438 = aes_counter[79:72] ;
assign n439 =  ( cmdaddr ) - ( bv_16_65296_n46 )  ;
assign n440 =  ( n439 ) == ( bv_16_8_n146 )  ;
assign n441 = aes_counter[71:64] ;
assign n442 =  ( cmdaddr ) - ( bv_16_65296_n46 )  ;
assign n443 =  ( n442 ) == ( bv_16_7_n151 )  ;
assign n444 = aes_counter[63:56] ;
assign n445 =  ( cmdaddr ) - ( bv_16_65296_n46 )  ;
assign n446 =  ( n445 ) == ( bv_16_6_n156 )  ;
assign n447 = aes_counter[55:48] ;
assign n448 =  ( cmdaddr ) - ( bv_16_65296_n46 )  ;
assign n449 =  ( n448 ) == ( bv_16_5_n161 )  ;
assign n450 = aes_counter[47:40] ;
assign n451 =  ( cmdaddr ) - ( bv_16_65296_n46 )  ;
assign n452 =  ( n451 ) == ( bv_16_4_n166 )  ;
assign n453 = aes_counter[39:32] ;
assign n454 =  ( cmdaddr ) - ( bv_16_65296_n46 )  ;
assign n455 =  ( n454 ) == ( bv_16_3_n171 )  ;
assign n456 = aes_counter[31:24] ;
assign n457 =  ( cmdaddr ) - ( bv_16_65296_n46 )  ;
assign n458 =  ( n457 ) == ( bv_16_2_n176 )  ;
assign n459 = aes_counter[23:16] ;
assign n460 =  ( cmdaddr ) - ( bv_16_65296_n46 )  ;
assign n461 =  ( n460 ) == ( bv_16_1_n99 )  ;
assign n462 = aes_counter[15:8] ;
assign n463 = aes_counter[7:0] ;
assign n464 =  ( n461 ) ? ( n462 ) : ( n463 ) ;
assign n465 =  ( n458 ) ? ( n459 ) : ( n464 ) ;
assign n466 =  ( n455 ) ? ( n456 ) : ( n465 ) ;
assign n467 =  ( n452 ) ? ( n453 ) : ( n466 ) ;
assign n468 =  ( n449 ) ? ( n450 ) : ( n467 ) ;
assign n469 =  ( n446 ) ? ( n447 ) : ( n468 ) ;
assign n470 =  ( n443 ) ? ( n444 ) : ( n469 ) ;
assign n471 =  ( n440 ) ? ( n441 ) : ( n470 ) ;
assign n472 =  ( n437 ) ? ( n438 ) : ( n471 ) ;
assign n473 =  ( n434 ) ? ( n435 ) : ( n472 ) ;
assign n474 =  ( n431 ) ? ( n432 ) : ( n473 ) ;
assign n475 =  ( n428 ) ? ( n429 ) : ( n474 ) ;
assign n476 =  ( n425 ) ? ( n426 ) : ( n475 ) ;
assign n477 =  ( n422 ) ? ( n423 ) : ( n476 ) ;
assign n478 =  ( n419 ) ? ( n420 ) : ( n477 ) ;
always @(posedge clk) begin
   if(rst) begin
   end
   else if(__ILA_AES_valid__) begin
       if ( __ILA_AES_decode_of_START_ENCRYPT__ && __ILA_AES_grant__[1] ) begin
           aes_status <= n85;
       end else if ( __ILA_AES_decode_of_WRITE_LENGTH__ && __ILA_AES_grant__[7] ) begin
           aes_status <= n88;
       end
       if ( __ILA_AES_decode_of_WRITE_ADDRESS__ && __ILA_AES_grant__[0] ) begin
           aes_address <= n97;
       end else if ( __ILA_AES_decode_of_READ_LENGTH__ && __ILA_AES_grant__[2] ) begin
           aes_address <= aes_address;
       end else if ( __ILA_AES_decode_of_READ_ADDRESS__ && __ILA_AES_grant__[3] ) begin
           aes_address <= aes_address;
       end else if ( __ILA_AES_decode_of_READ_KEY__ && __ILA_AES_grant__[4] ) begin
           aes_address <= aes_address;
       end else if ( __ILA_AES_decode_of_READ_COUNTER__ && __ILA_AES_grant__[5] ) begin
           aes_address <= aes_address;
       end else if ( __ILA_AES_decode_of_GET_STATUS__ && __ILA_AES_grant__[6] ) begin
           aes_address <= aes_address;
       end else if ( __ILA_AES_decode_of_WRITE_LENGTH__ && __ILA_AES_grant__[7] ) begin
           aes_address <= aes_address;
       end else if ( __ILA_AES_decode_of_WRITE_KEY__ && __ILA_AES_grant__[8] ) begin
           aes_address <= aes_address;
       end else if ( __ILA_AES_decode_of_WRITE_COUNTER__ && __ILA_AES_grant__[9] ) begin
           aes_address <= aes_address;
       end
       if ( __ILA_AES_decode_of_WRITE_ADDRESS__ && __ILA_AES_grant__[0] ) begin
           aes_length <= aes_length;
       end else if ( __ILA_AES_decode_of_READ_LENGTH__ && __ILA_AES_grant__[2] ) begin
           aes_length <= aes_length;
       end else if ( __ILA_AES_decode_of_READ_ADDRESS__ && __ILA_AES_grant__[3] ) begin
           aes_length <= aes_length;
       end else if ( __ILA_AES_decode_of_READ_KEY__ && __ILA_AES_grant__[4] ) begin
           aes_length <= aes_length;
       end else if ( __ILA_AES_decode_of_READ_COUNTER__ && __ILA_AES_grant__[5] ) begin
           aes_length <= aes_length;
       end else if ( __ILA_AES_decode_of_GET_STATUS__ && __ILA_AES_grant__[6] ) begin
           aes_length <= aes_length;
       end else if ( __ILA_AES_decode_of_WRITE_LENGTH__ && __ILA_AES_grant__[7] ) begin
           aes_length <= n109;
       end else if ( __ILA_AES_decode_of_WRITE_KEY__ && __ILA_AES_grant__[8] ) begin
           aes_length <= aes_length;
       end
       if ( __ILA_AES_decode_of_WRITE_ADDRESS__ && __ILA_AES_grant__[0] ) begin
           aes_counter <= aes_counter;
       end else if ( __ILA_AES_decode_of_WRITE_LENGTH__ && __ILA_AES_grant__[7] ) begin
           aes_counter <= aes_counter;
       end else if ( __ILA_AES_decode_of_WRITE_KEY__ && __ILA_AES_grant__[8] ) begin
           aes_counter <= aes_counter;
       end else if ( __ILA_AES_decode_of_WRITE_COUNTER__ && __ILA_AES_grant__[9] ) begin
           aes_counter <= n205;
       end
       if ( __ILA_AES_decode_of_WRITE_ADDRESS__ && __ILA_AES_grant__[0] ) begin
           aes_key <= aes_key;
       end else if ( __ILA_AES_decode_of_READ_LENGTH__ && __ILA_AES_grant__[2] ) begin
           aes_key <= aes_key;
       end else if ( __ILA_AES_decode_of_READ_ADDRESS__ && __ILA_AES_grant__[3] ) begin
           aes_key <= aes_key;
       end else if ( __ILA_AES_decode_of_READ_KEY__ && __ILA_AES_grant__[4] ) begin
           aes_key <= aes_key;
       end else if ( __ILA_AES_decode_of_READ_COUNTER__ && __ILA_AES_grant__[5] ) begin
           aes_key <= aes_key;
       end else if ( __ILA_AES_decode_of_GET_STATUS__ && __ILA_AES_grant__[6] ) begin
           aes_key <= aes_key;
       end else if ( __ILA_AES_decode_of_WRITE_LENGTH__ && __ILA_AES_grant__[7] ) begin
           aes_key <= aes_key;
       end else if ( __ILA_AES_decode_of_WRITE_KEY__ && __ILA_AES_grant__[8] ) begin
           aes_key <= n285;
       end else if ( __ILA_AES_decode_of_WRITE_COUNTER__ && __ILA_AES_grant__[9] ) begin
           aes_key <= aes_key;
       end
       if ( __ILA_AES_decode_of_READ_LENGTH__ && __ILA_AES_grant__[2] ) begin
           outdata <= n290;
       end else if ( __ILA_AES_decode_of_READ_ADDRESS__ && __ILA_AES_grant__[3] ) begin
           outdata <= n295;
       end else if ( __ILA_AES_decode_of_READ_KEY__ && __ILA_AES_grant__[4] ) begin
           outdata <= n356;
       end else if ( __ILA_AES_decode_of_READ_COUNTER__ && __ILA_AES_grant__[5] ) begin
           outdata <= n417;
       end else if ( __ILA_AES_decode_of_GET_STATUS__ && __ILA_AES_grant__[6] ) begin
           outdata <= n478;
       end
   end
end
endmodule